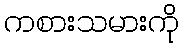
ကစားသမားကို